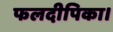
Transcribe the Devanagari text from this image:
फलदीपिका।